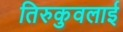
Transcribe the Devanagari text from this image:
तिरुकुवलाई